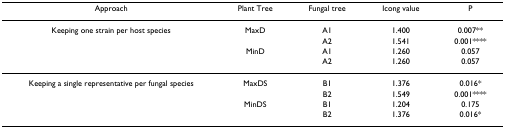
<table><thead><tr><td><b>Approach</b></td><td><b>Plant Tree</b></td><td><b>Fungal tree</b></td><td><b>Icong value</b></td><td><b>P</b></td></tr></thead><tbody><tr><td>Keeping one strain per host species</td><td>MaxD</td><td>A1</td><td>1.400</td><td>0.007**</td></tr><tr><td></td><td></td><td>A2</td><td>1.541</td><td>0.001****</td></tr><tr><td></td><td>MinD</td><td>A1</td><td>1.260</td><td>0.057</td></tr><tr><td></td><td></td><td>A2</td><td>1.260</td><td>0.057</td></tr><tr><td>Keeping a single representative per fungal species</td><td>MaxDS</td><td>B1</td><td>1.376</td><td>0.016*</td></tr><tr><td></td><td></td><td>B2</td><td>1.549</td><td>0.001****</td></tr><tr><td></td><td>MinDS</td><td>B1</td><td>1.204</td><td>0.175</td></tr><tr><td></td><td></td><td>B2</td><td>1.376</td><td>0.016*</td></tr></tbody></table>